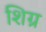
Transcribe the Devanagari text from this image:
शिग्र